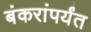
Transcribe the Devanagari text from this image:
बंकरांपर्यंत